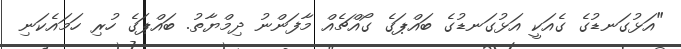
"އަޅުގަނޑުގެ ގެއަކީ އަޅުގަނޑުގެ ބައްޕަގެ ގޯއްޗެއް މާފަންނު ދިމްޔާތު. ބައްޕަގެ ހުރި ހަމައެކަނި